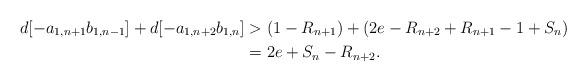
LaTeX: \begin{align*} d[-a_{1,n+1}b_{1,n-1}]+d[-a_{1,n+2}b_{1,n}]&>(1-R_{n+1})+(2e-R_{n+2}+R_{n+1}-1+S_{n})\\ &=2e+S_{n}-R_{n+2}. \end{align*}